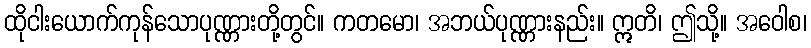
ထိုငါးယောက်ကုန်သောပုဏ္ဏားတို့တွင်။ ကတမော၊ အဘယ်ပုဏ္ဏားနည်း။ ဣတိ၊ ဤသို့။ အဝေါစ၊